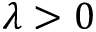
\lambda > 0